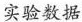
实验数据